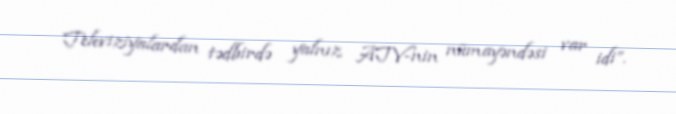
Televiziyalardan tədbirdə yalnız ATV-nin nümayəndəsi var idi”.